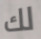
لك